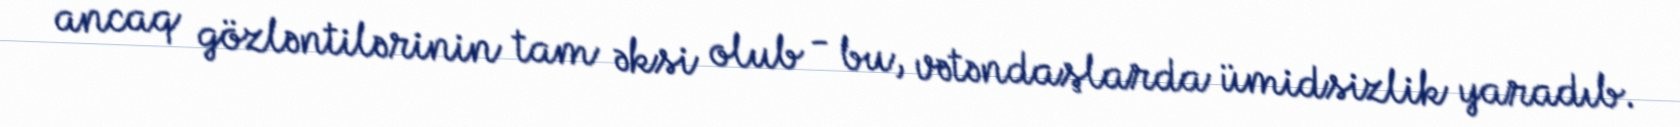
ancaq gözləntilərinin tam əksi olub - bu, vətəndaşlarda ümidsizlik yaradıb.